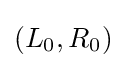
(L_{0},R_{0})